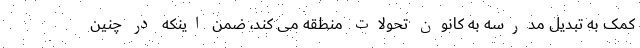
کمک به تبدیل مدرسه به کانون تحولات منطقه می کند، ضمن اینکه در چنین